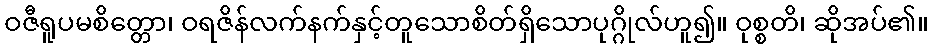
ဝဇီရူပမစိတ္တော၊ ဝရဇိန်လက်နက်နှင့်တူသောစိတ်ရှိသောပုဂ္ဂိုလ်ဟူ၍။ ဝုစ္စတိ၊ ဆိုအပ်၏။